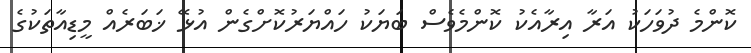
ކޮންމެ ދުވަހަކު އަރާ އިރާއެކު ކޮންމެވެސް ބަޔަކު ހައްޔަރުކޮށްގެން އުޅޭ ޚަބަރެއް މީޑިއާތަކުގެ